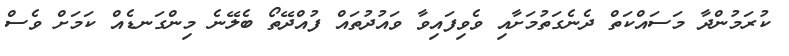
ކުރަމުންދާ މަސައްކަތް ދެނެގަތުމަށާއި ވެވިފައިވާ ވައުދުތައް ފުއްދޭތޯ ބެލޭނެ މިންގަނޑެއް ކަމަށް ވެސް